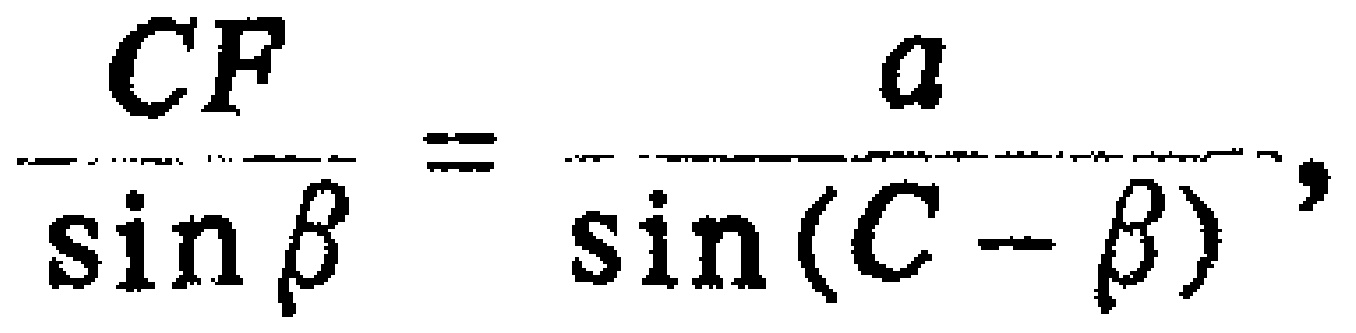
\(\frac{CF}{\sin \beta}=\frac{a}{\sin (C - \beta)}\)